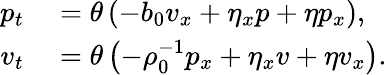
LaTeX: \begin{array}{rl}{p_{t}}&{{}=\theta\left(-b_{0}v_{x}+\eta_{x}p+\eta p_{x}\right),}\\ {v_{t}}&{{}=\theta\left(-\rho_{0}^{-1}p_{x}+\eta_{x}v+\eta v_{x}\right).}\end{array}